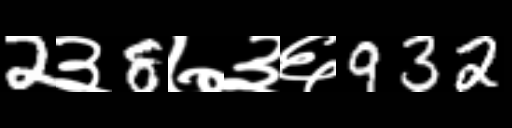
Text: 2३8७३६932